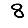
Digit: 8